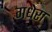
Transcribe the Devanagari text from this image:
गधेरा